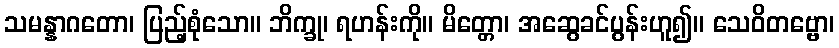
သမန္နာဂတော၊ ပြည့်စုံသော။ ဘိက္ခု၊ ရဟန်းကို။ မိတ္တော၊ အဆွေခင်ပွန်းဟူ၍။ သေဝိတဗ္ဗော၊